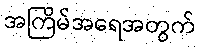
အကြိမ်အရေအတွက်